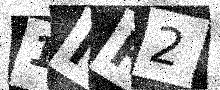
Text: 1MR2